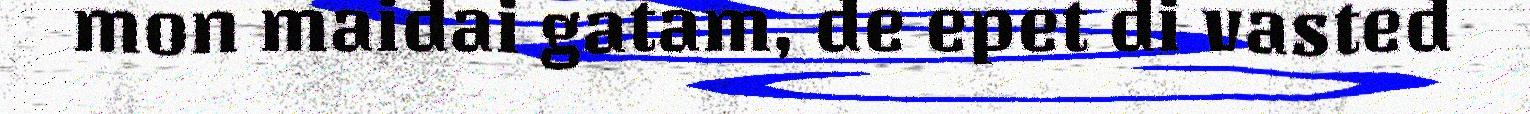
mon maidai gatam, de epet di vasted